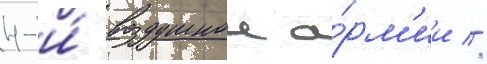
4-и́ воздушнои а́рм'ии //